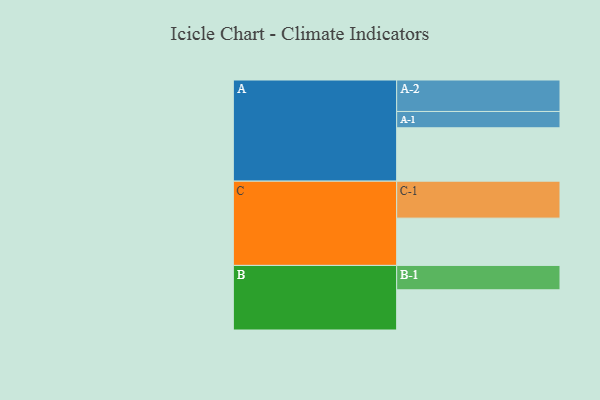
{"axis": {"x": "Segment", "y": "Value"}, "legend": ["", "A", "B", "C"], "data": [{"x": "A", "y": 429, "type": ""}, {"x": "B", "y": 323, "type": ""}, {"x": "C", "y": 380, "type": ""}, {"x": "A-1", "y": 131, "type": "A"}, {"x": "A-2", "y": 253, "type": "A"}, {"x": "B-1", "y": 196, "type": "B"}, {"x": "C-1", "y": 297, "type": "C"}]}